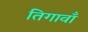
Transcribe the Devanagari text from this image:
तिगावाँ